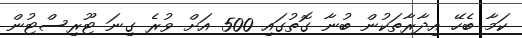
ކަމާ ބެހޭ އިދާރާތަކުން ބުނާ ގޮތުގައި 500 އަށް ވުރެ ގިނަ ޓޫރިސްޓުން